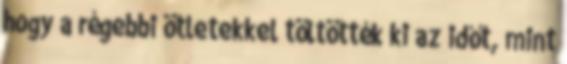
hogy a régebbi ötletekkel töltötték ki az időt, mint